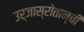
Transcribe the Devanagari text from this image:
उर्जास्रोतान्ची